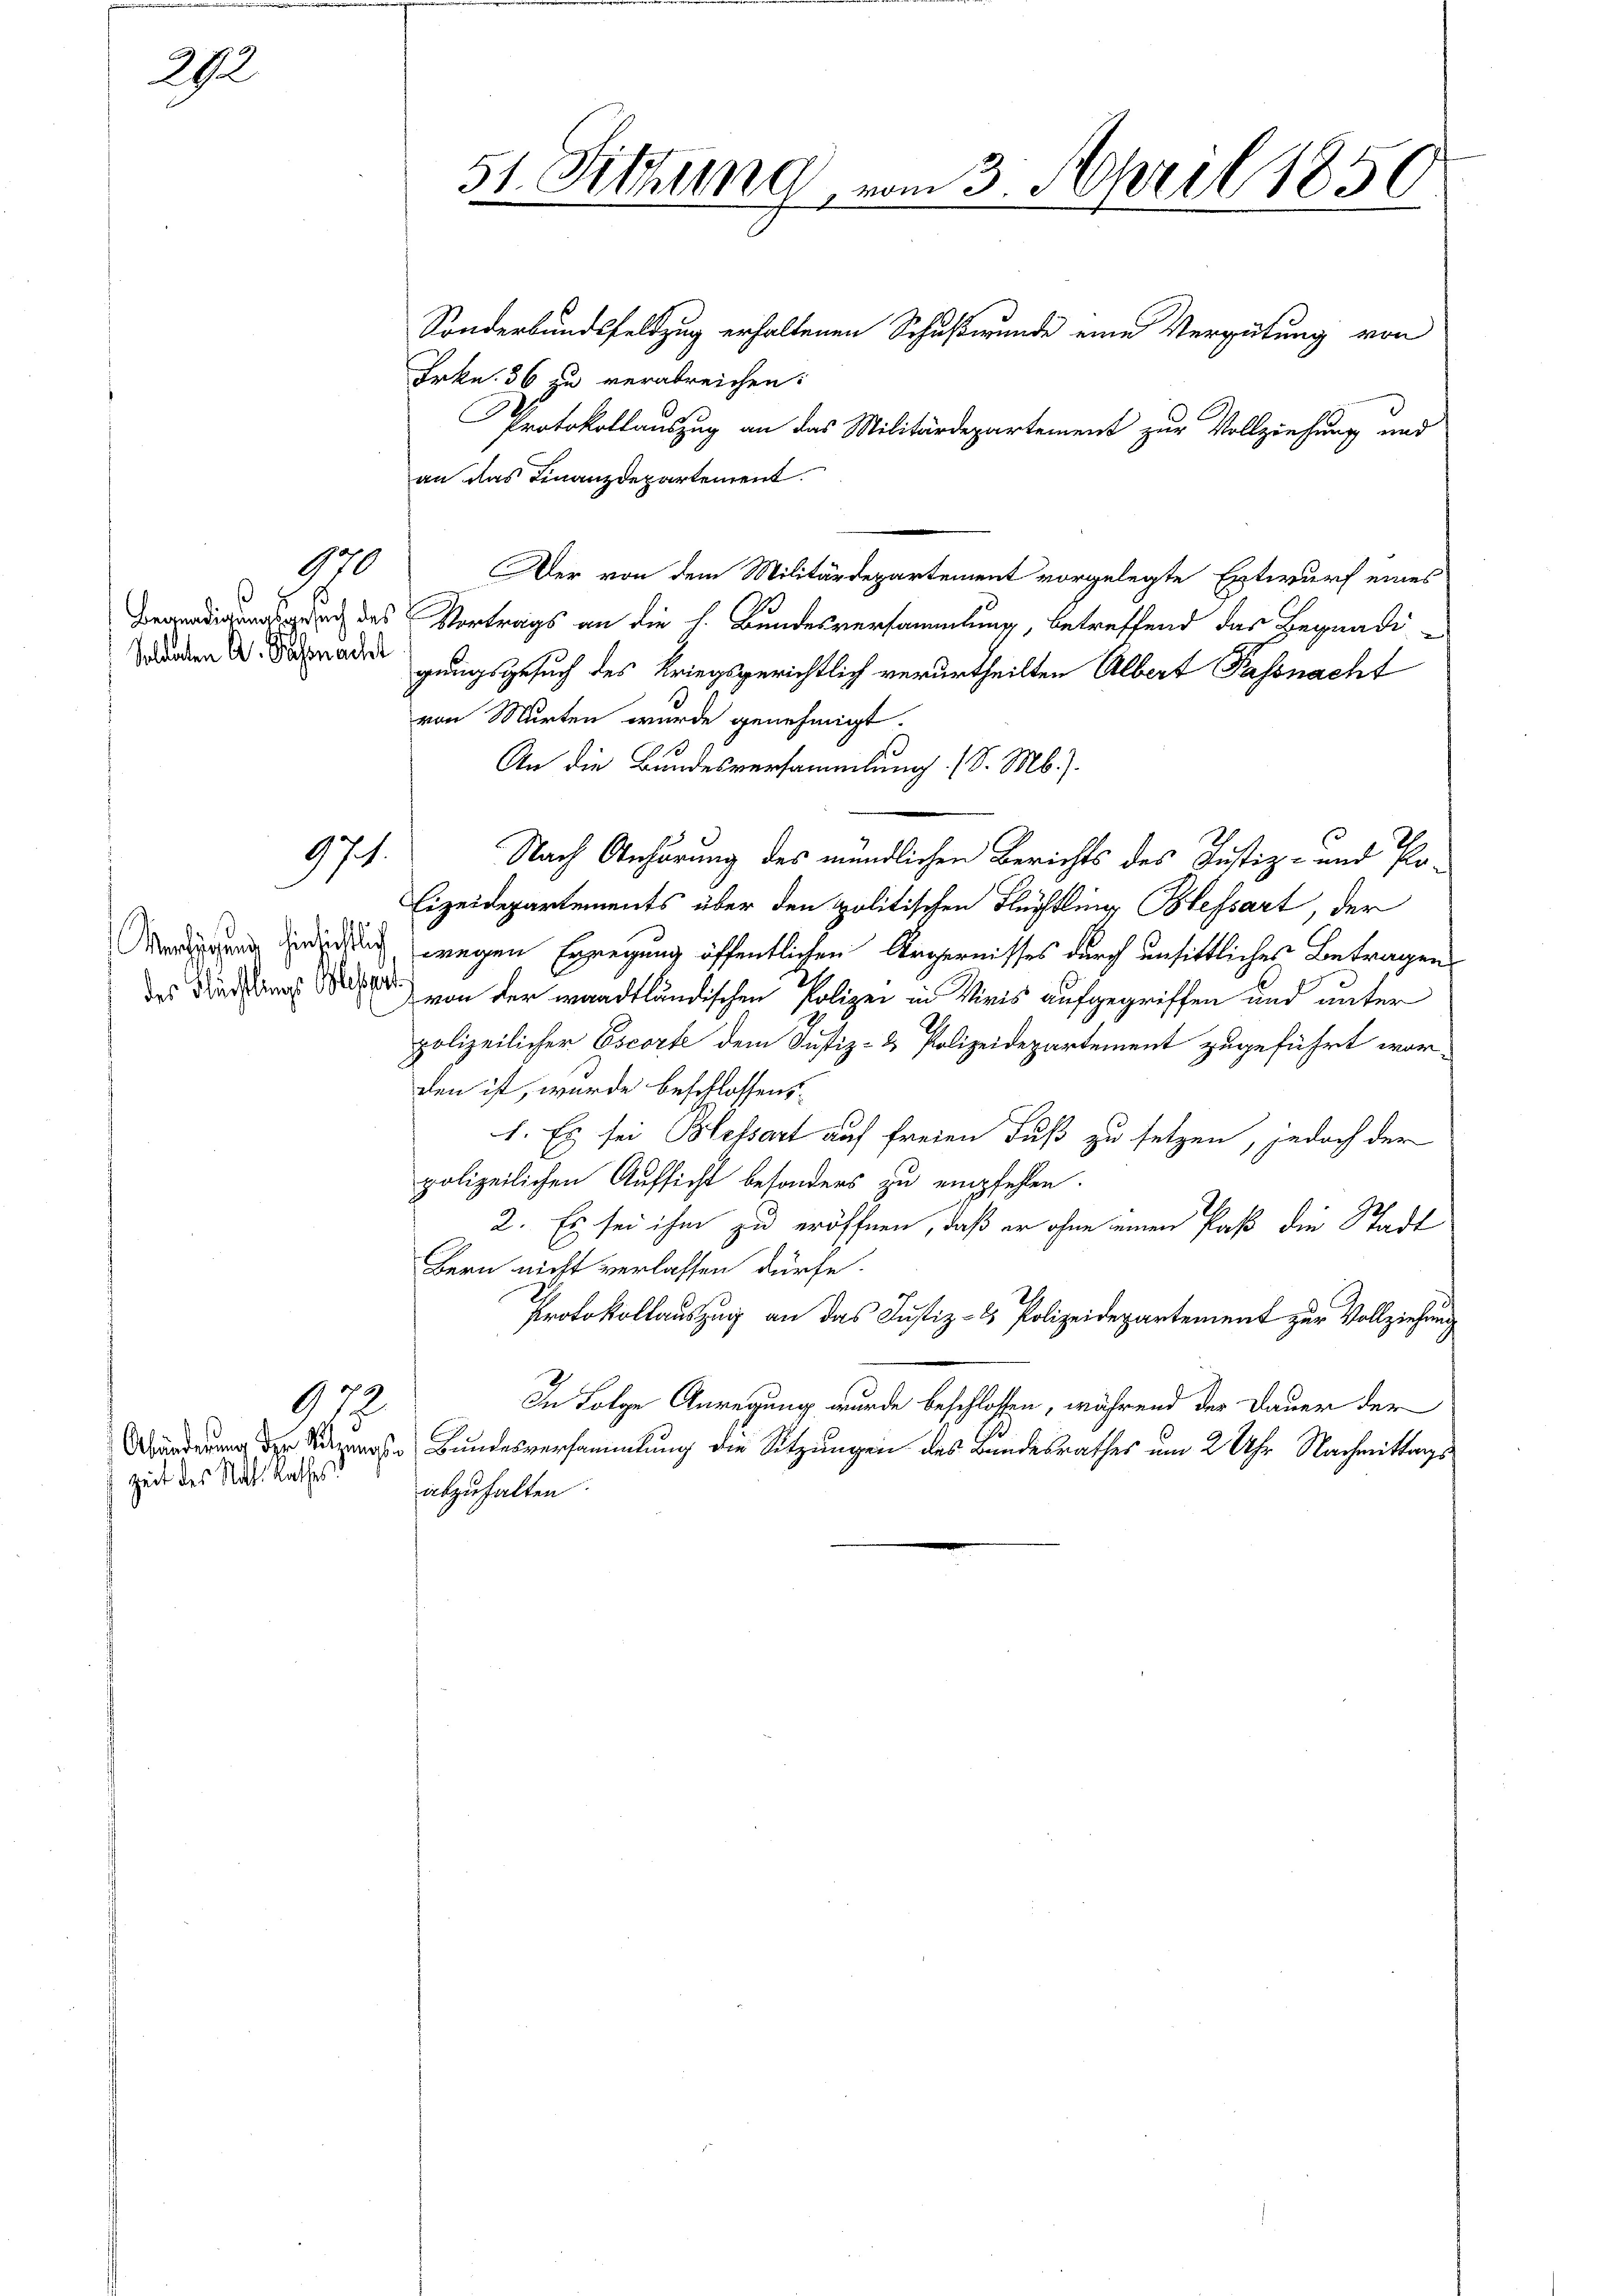
292

970
s

971.

972.
Zeit des Statt. Rathes

Frkn. 36 zu verabreichen:
Protokollauszug an das Militärdepartement zur Vollziehung und
an das Finanzdepartement.
Der von dem Militärdepartement vorgelegte Entwurf eines
gung des Vortrags an die h. Bundesversammlung, betreffend das Begnadirenade gangsgesuch des Kriegsgerichtlich verurtheilten Albert Passnacht
von Murten wurde genehmigt.
An die Bundesversammlung. (S. M.).
Nach Anhörung des mündlichen Berichts des Justiz- und Po¬
Eizeidepartements über den politischen Flüchtling Blessart, der
Ardigung genierung, wegen Erregung öffentlichen Ärgernisses durch unsittliches Betragen
des Dir sans Waiser) von der waadtländischen Polizei in Viris aufgegriffen und unter
polizeilicher Escorte dem Justiz- & Polizeidepartement zugeführt wor-
den ist, wurde beschlossens
1. Es sei Blessart auf freien Fuß zu setzen, jedoch der
polizeilichen Aufsicht besonders zu empfehlen.
2. Es sei ihm zu eröffnen, daß er ohne einen Paß die Stadt
Bern nicht verlassen dürfe.
Protokollauszug an das Justiz- & Polizeidepartement zur Vollziehung
In Folge Anregung wurde beschlossen, während der Dauer der
 Bundesversammlung die Sitzungen des Bundesrathes um 2 Uhr Nachmittags
abzuhalten.

51. Sitzung vom 3. April 1850.
Sonderbundsfeldzug erhaltenen Schußwunde eine Vergütung von